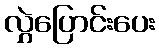
လွှဲပြောင်းပေး